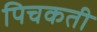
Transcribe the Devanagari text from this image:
पिचकती